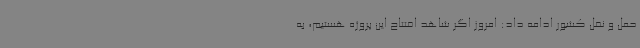
حمل و نقل کشور ادامه داد: امروز اگر شاهد افتتاح این پروژه هستیم، به